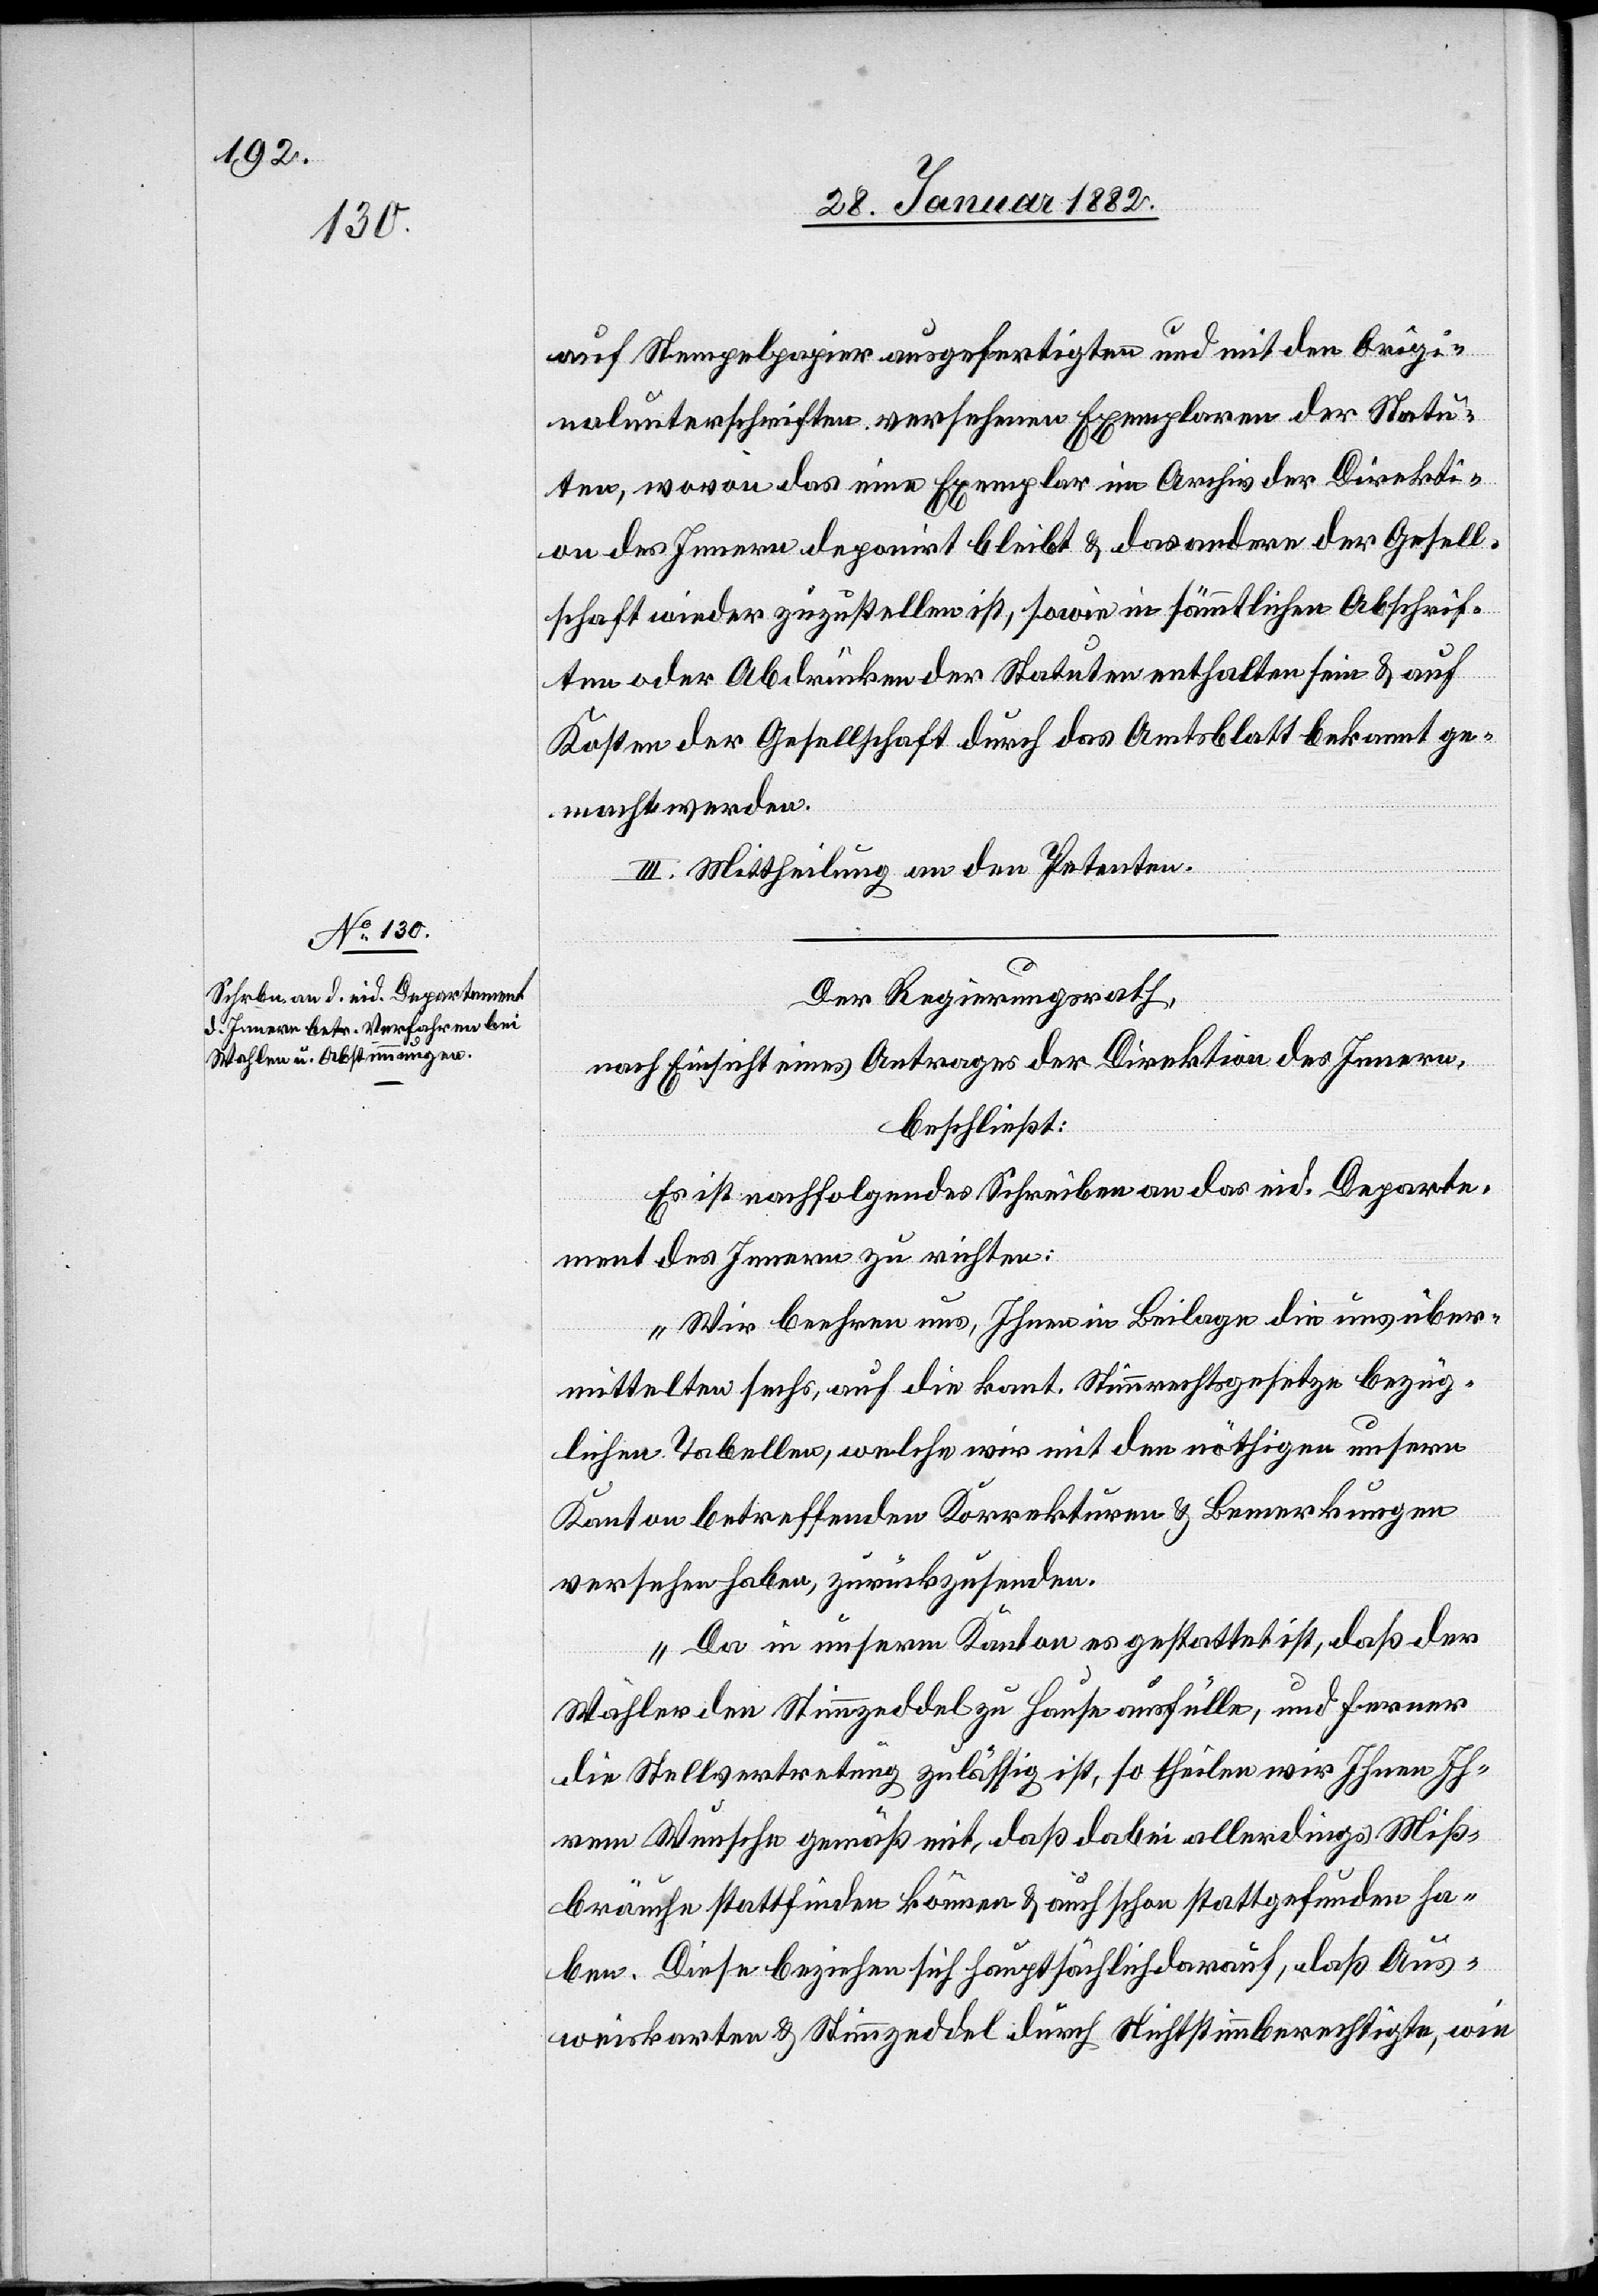
auf Stempelpapier ausgefertigten und mit den Origi¬
nalunterschriften versehenen Exemplaren der Statu¬
ten, wovon das eine Exemplar im Archiv der Direkti¬
on des Innern deponirt bleibt & das andere der Gesell¬
schaft wieder zuzustellen ist, sowie in sämmtlichen Abschrif¬
ten oder Abdrücken der Statuten enthalten sein & auf
Kosten der Gesellschaft durch das Amtsblatt bekannt ge¬
macht werden.
III. Mittheilung an den Petenten.
Der Regierungsrath,
nach Einsicht eines Antrages der Direktion des Innern,
beschließt:
Es ist nachfolgendes Schreiben an das eid. Departe¬
ment des Innern zu richten:
„Wir beehren uns, Ihnen in Beilage die uns über¬
mittelten sechs, auf die kant. Stimmrechtsgesetze bezüg¬
lichen Tabellen, welche wir mit den nöthigen unseren
Kanton betreffenden Korrekturen & Bemerkungen
versehen haben, zurückzusenden.
Da in unserem Kanton es gestattet ist, daß der
Wähler den Stimmzeddel zu Hause ausfülle, und ferner
die Stellvertretung zulässig ist, so theilen wir Ihnen Ih¬
rem Wunsche gemäß mit, daß dabei allerdings Miß¬
bräuche stattfinden können & auch schon stattgefunden ha¬
ben. Diese beziehen sich hauptsächlich darauf, daß Aus¬
weiskarten & Stimmzeddel durch Nichtstimmberechtigte, wie